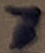
Text: 7